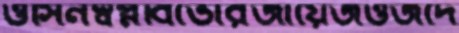
ওসিনস্বপ্নবিভোরজায়েজওজদে